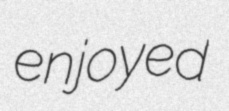
enjoyed